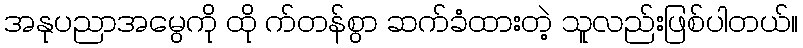
အနုပညာအမွေကို ထို က်တန်စွာ ဆက်ခံထားတဲ့ သူလည်းဖြစ်ပါတယ်။